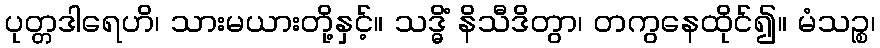
ပုတ္တဒါရေဟိ၊ သားမယားတို့နှင့်။ သဒ္ဓိံ နိသီဒိတွာ၊ တကွနေထိုင်၍။ မံသဉ္စ၊